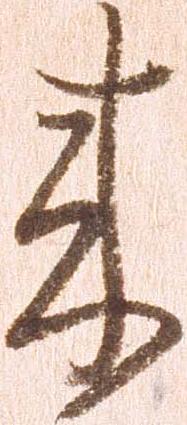
来